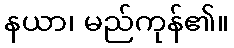
နယာ၊ မည်ကုန်၏။